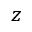
z